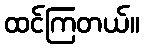
ထင်ကြတယ်။